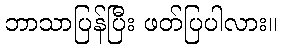
ဘာသာပြန်ပြီး ဖတ်ပြပါလား။